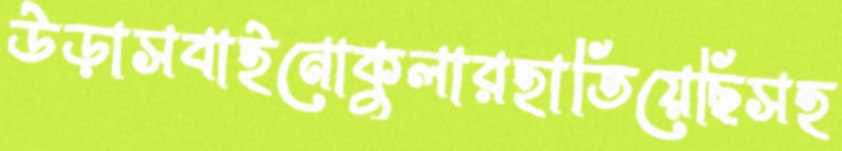
উড়াসবাইনোকুলারহাতিয়েছিসহ